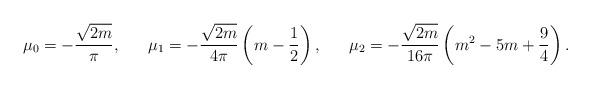
LaTeX: \begin{align*}\mu_0 = - \frac{\sqrt{2m}}{\pi}, ~~~~~ \mu_1 = -\frac{\sqrt{2m}}{4\pi}\left(m - \frac{1}{2}\right), ~~~~~ \mu_2 =-\frac{\sqrt{2m}}{16\pi}\left( m^2 - 5m + \frac{9}{4}\right).\end{align*}